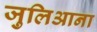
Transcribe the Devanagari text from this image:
जुलिआना